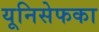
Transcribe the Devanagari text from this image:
यूनिसेफका